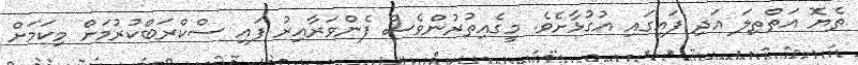
ތެޔޮ އަތްތިލަ އަދި ފައިގައި އުގުޅާށެވެ. މީގެއިތުރުންވެސް ފެންވަރާއިރު ފައި ސްކްރަބްކުރުމަށް މިކަމަށް